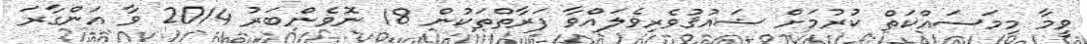
ވީމާ މިމަސައްކަތް ކުރުމަށް ޝައުޤުވެރިވެލައްވާ ފަރާތްތަކުން 18 ނޮވެންބަރު 2014 ވާ އަންގާރަ